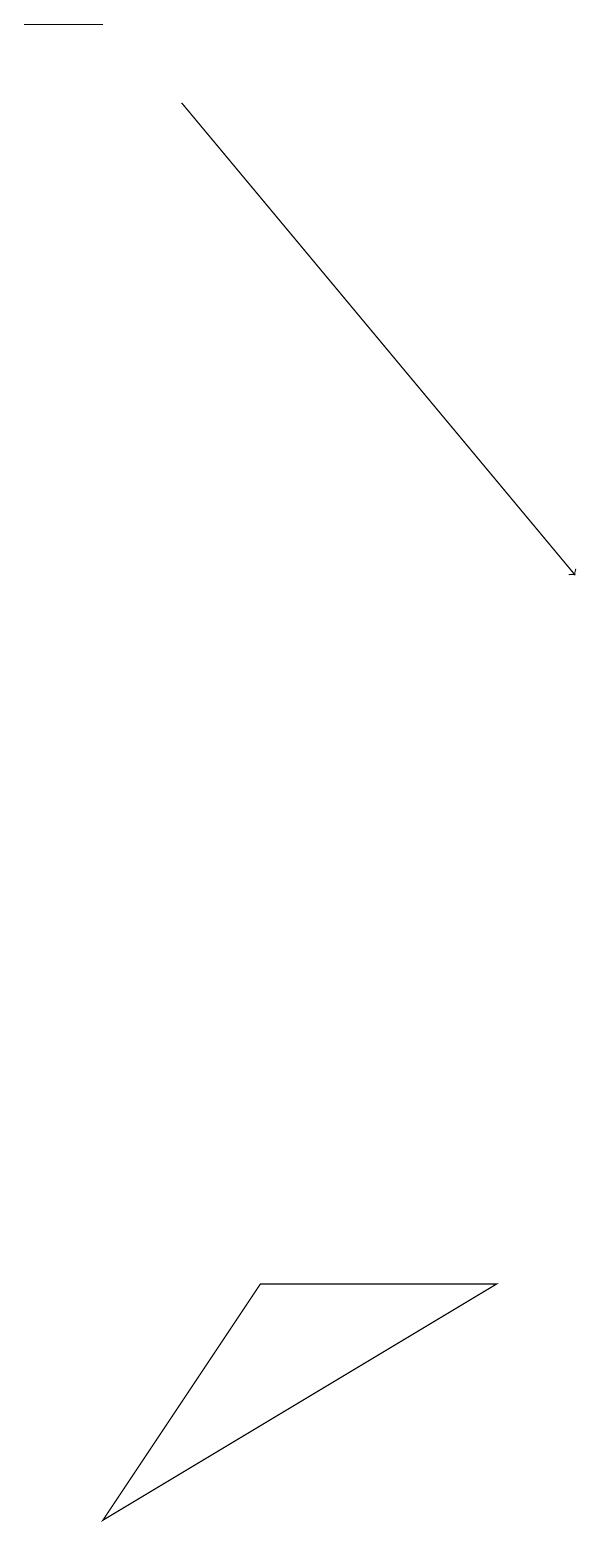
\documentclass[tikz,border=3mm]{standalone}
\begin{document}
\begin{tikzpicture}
\draw[->] (4,18) -- (9,12);
\draw (3,19) rectangle (2,19);
\draw (3,0) -- (8,3) -- (5,3) -- cycle;
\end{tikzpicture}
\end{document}